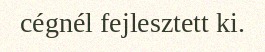
cégnél fejlesztett ki.